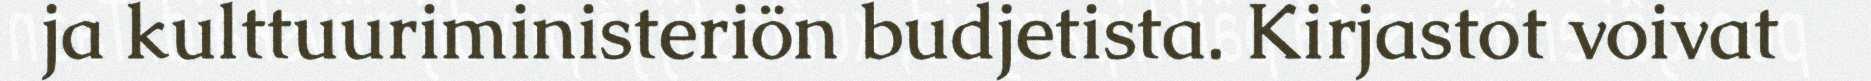
ja kulttuuriministeriön budjetista. Kirjastot voivat